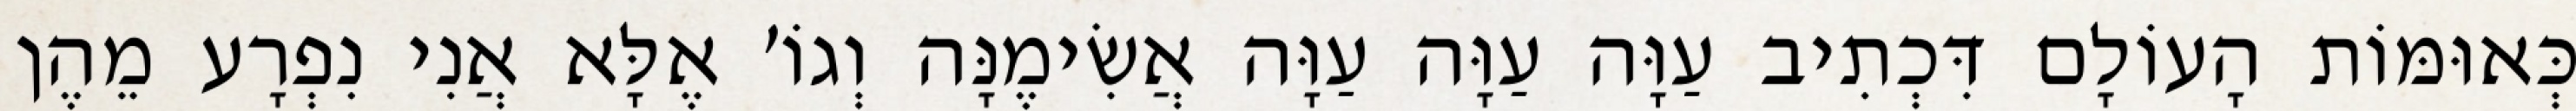
כְּאוּמּוֹת הָעוֹלָם דִּכְתִיב עַוָּה עַוָּה עַוָּה אֲשִׂימֶנָּה וְגוֹ׳ אֶלָּא אֲנִי נִפְרָע מֵהֶן